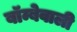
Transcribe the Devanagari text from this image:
बॉम्बेवाली